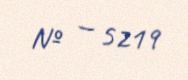
№ — 5219